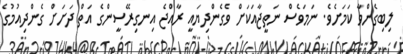
ލިބިގެންވާ ކަމަށެވެ. ނަމަވެސް ނަތީޖާއަކަށް ވެގެންދިޔައީ ރާއްޖެ އިނގިރޭސީންގެ އަތް ދަށަށް ގެންދިއުމުގެ